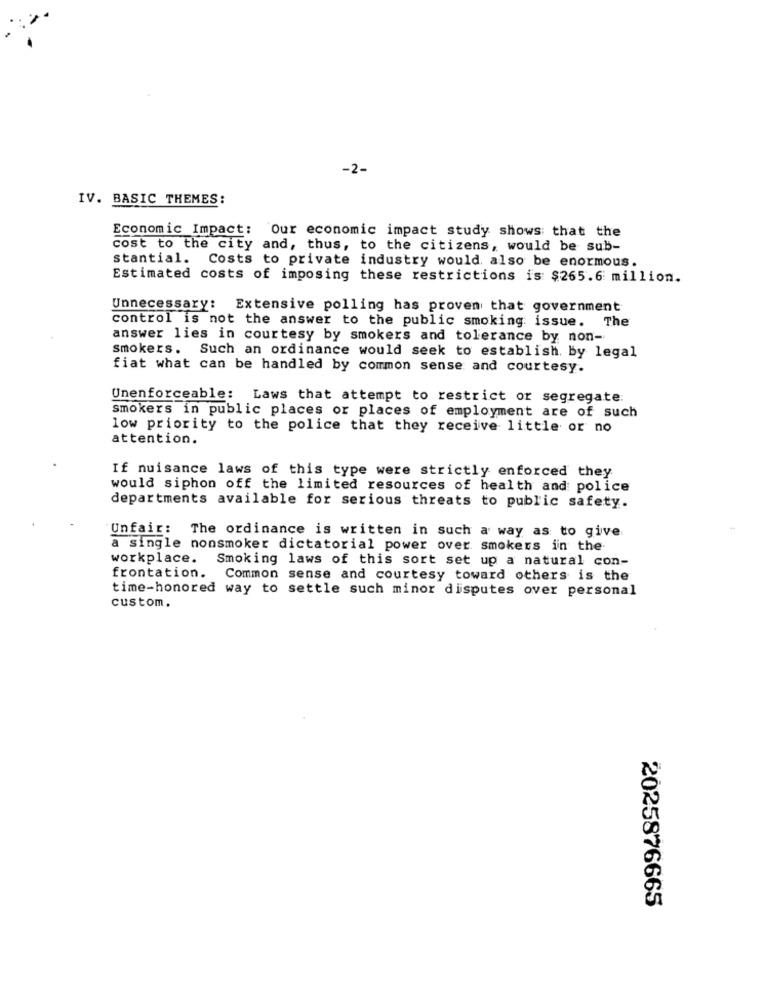
-2-
IV. BASIC THEMES:
Economic Impact: Our economic impact study shows that the
cost to the city and, thus, to the citizens, would be sub-
stantial. Costs to private industry would also be enormous.
Estimated costs of imposing these restrictions is $265.6 million.
Unnecessary: Extensive polling has proven that government
control is not the answer to the public smoking issue. The
answer lies in courtesy by smokers and tolerance by non-
smokers. Such an ordinance would seek to establish. by legal
fiat what can be handled by common sense and courtesy.
Unenforceable: Laws that attempt to restrict or segregate:
smokers in public places or places of employment are of such
low priority to the police that they receive little or no
attention.
If nuisance laws of this type were strictly enforced they
would siphon off the limited resources of health and police
departments available for serious threats to public safety.
Unfair: The ordinance is written in such a way as to give
a single nonsmoker dictatorial power over smokers in the
workplace.
Smoking laws of this sort set up a natural con-
frontation. Common sense and courtesy toward others is the
time-honored way to settle such minor disputes over personal
custom.
2025876665